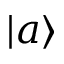
| a \rangle